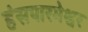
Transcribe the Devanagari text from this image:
हंसपारमेश्वर